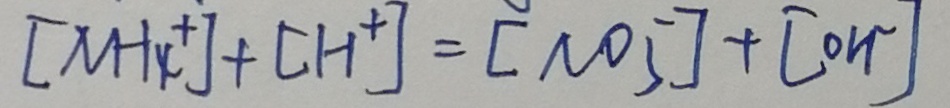
[ M H _ { 4 } ^ { + } ] + [ H ^ { + } ] = [ N O _ { 5 } ] + [ 0 H ^ { - } ]